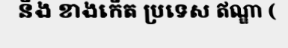
និង ខាងកើត ប្រទេស ឥណ្ឌា (